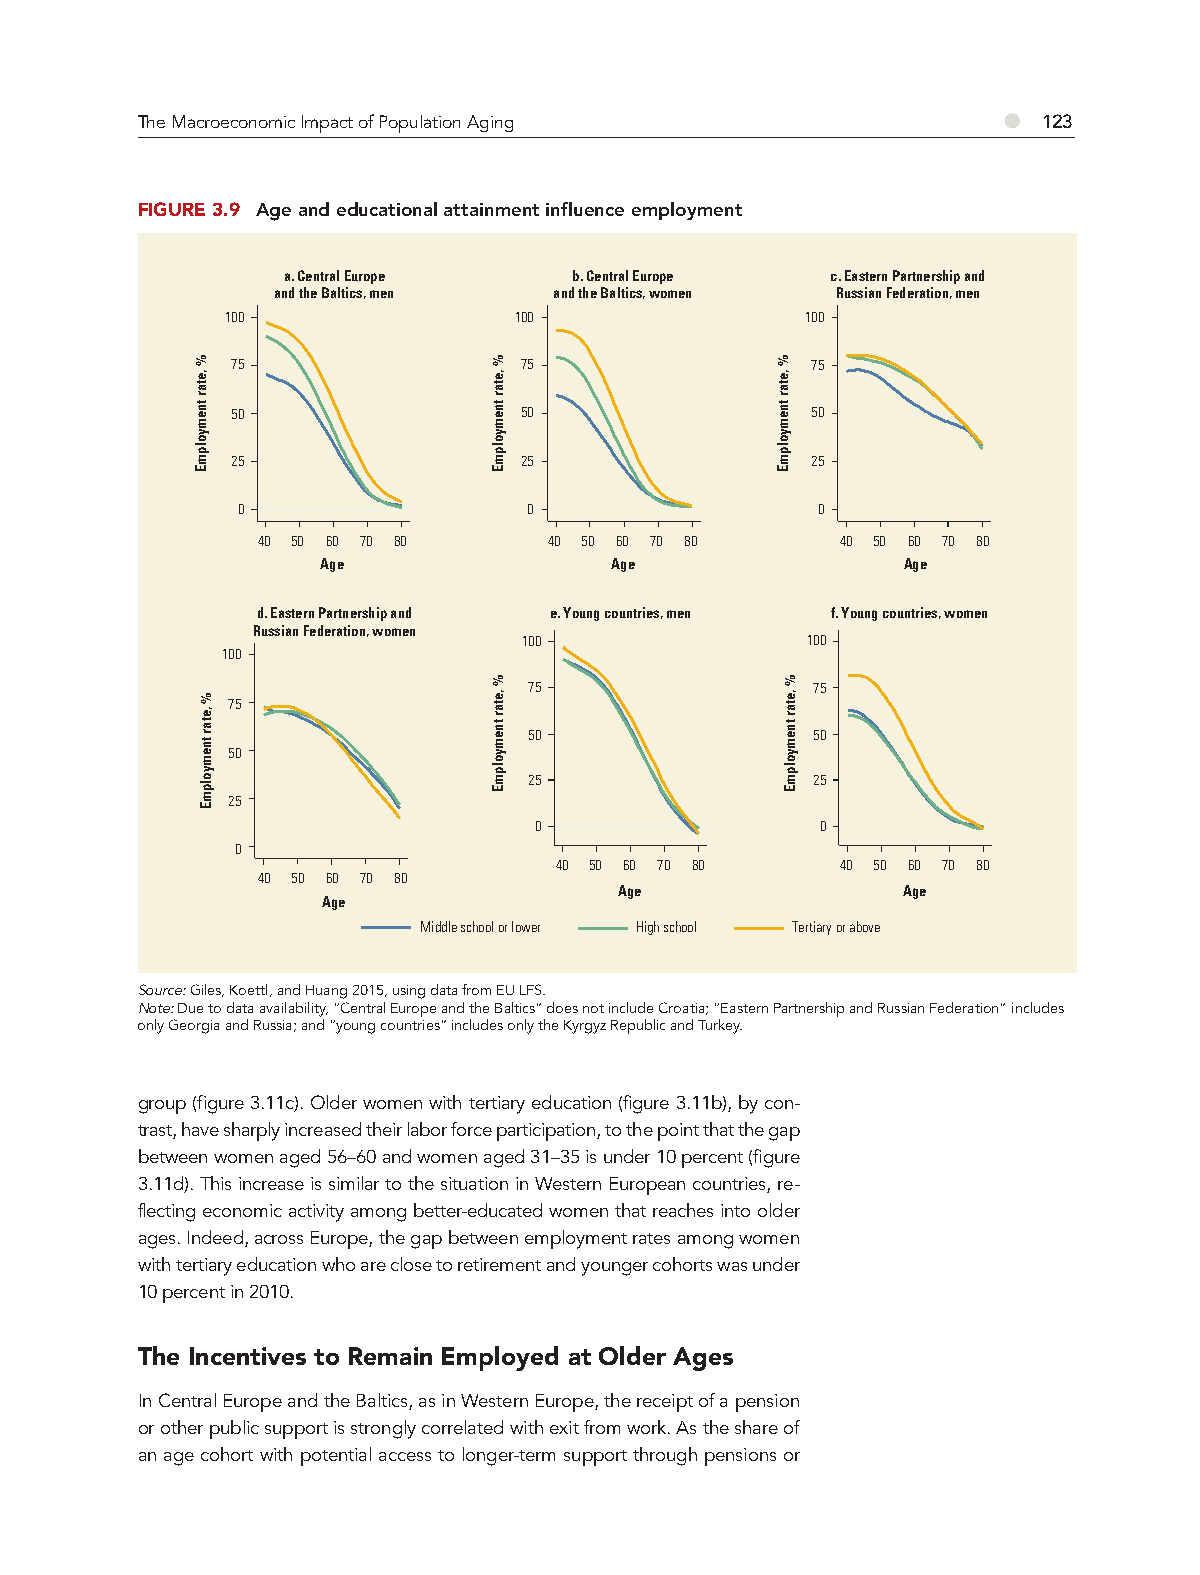
●
 The Macroeconomic Impact of Population Aging                123
 FIGURE 3.9 Age and educational attainment influence employment
 a. Central Europe  b. Central Europe c. Eastern Partnership and
 and the Baltics, men and the Baltics, women Russian Federation, men
 100                100                100
 75                 75                  75
 50                 50                  50
 25                 25                  25
 0                  0                  0
 40 50 60 70 80     40 50 60 70 80      40 50 60 70 80
 Age                Age                 Age
 d. Eastern Partnership and e. Young countries, men f. Young countries, women
 Russian Federation, women
 100               100
 100
 75                 75
 75
 50                 50
 50
 25                 25
 25
 0                  0
 0
 40 50 60 70 80     40 50 60 70 80
 40 50 60 70 80
 Age                Age
 Age
 Middle school or lower High school Tertiary or above
 Source: Giles, Koettl, and Huang 2015, using data from EU LFS.
 Note: Due to data availability, “Central Europe and the Baltics” does not include Croatia; “Eastern Partnership and Russian Federation” includes
 only Georgia and Russia; and “young countries” includes only the Kyrgyz Republic and Turkey.
 group (figure 3.11c). Older women with tertiary education (figure 3.11b), by con-
 trast, have sharply increased their labor force participation, to the point that the gap
 between women aged 56–60 and women aged 31–35 is under 10 percent (figure
 3.11d). This increase is similar to the situation in Western European countries, re-
 flecting economic activity among better-educated women that reaches into older
 ages. Indeed, across Europe, the gap between employment rates among women
 with tertiary education who are close to retirement and younger cohorts was under
 10 percent in 2010.
 The Incentives to Remain Employed at Older Ages
 In Central Europe and the Baltics, as in Western Europe, the receipt of a pension
 or other public support is strongly correlated with exit from work. As the share of
 an age cohort with potential access to longer-term support through pensions or
 %
 ,etar
 tnemyolpmE
 %
 ,etar
 tnemyolpmE
 %
 ,etar
 tnemyolpmE
 %
 ,etar
 tnemyolpmE
 %
 ,etar
 tnemyolpmE
 %
 ,etar
 tnemyolpmE